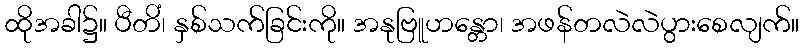
ထိုအခါ၌။ ပီတိံ၊ နှစ်သက်ခြင်းကို။ အနုဗြူဟန္တော၊ အဖန်တလဲလဲပွားစေလျက်။